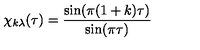
\chi _ { k \lambda } ( \tau ) = \frac { \sin ( \pi ( 1 + k ) \tau ) } { \sin ( \pi \tau ) }